Leaving Certificate, 1901
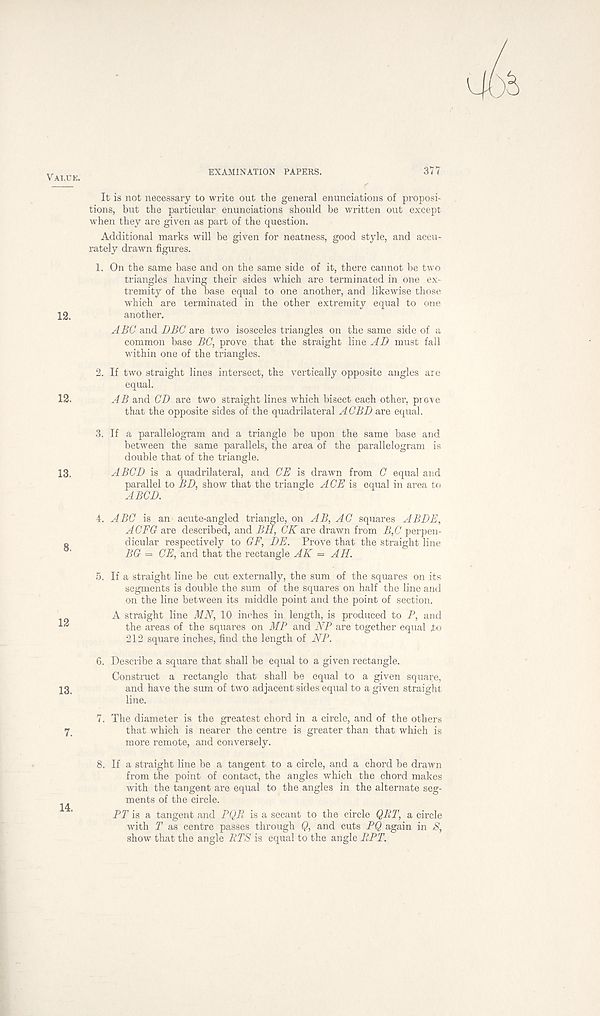
Vai.uk.
EXAMINATION PAPERS.
377
It is not necessary to write out the general enunciations of proposi-
tions, but the particular enunciations should be written out except
when they are given as part of the question.
Additional marks will be given for neatness, good style, and accu-
rately drawn figures.
1. On the same base and on the same side of it, there cannot be two
triangles having their sides which are terminated in one ex-
tremity of the base equal to one another, and likewise those
which are terminated in the other extremity equal to one
12.
another.
ABC and DBC are two isosceles triangles on the same side of a
common base BC, prove that the straight line AD must fall
within one of the triangles.
2. If two straight lines intersect, the vertically opposite angles are
equal.
12.
AB and CD are two straight lines which bisect each other, prove
that the opposite sides of the quadrilateral A CBD are equal.
3. If a parallelogram and a triangle be upon the same base and
between the same parallels, the area of the parallelogram is
double that of the triangle.
13.
ABCD is a quadrilateral, and CE is drawn from C equal and
parallel to BD, show that the triangle ACE is equal in area to
ABCD.
4. ABC is an acute-angled triangle, on AB, AC squares ABDE,
AC EG are described, and BH, CK are drawn from B,C perpen-
s
dicular respectively to GF, DE. Prove that the straight line
BG — CE, and that the rectangle AK = AH.
5. If a straight line be cut externally, the sum of the squares on its
segments is double the sum of the squares on half the line and
on the line between its middle point and the point of section.
A straight line MN, 10 inches in length, is produced to P, and
the areas of the squares on MB and NP are together equal to
212 square inches, find the length of NP.
6. Describe a square that shall be equal to a given rectangle.
Construct a rectangle that shall be equal to a given square,
13,
and have the sum of two adjacent sides equal to a given straight
line.
7. The diameter is the greatest chord in a circle, and of the others
7,
that which is nearer the centre is greater than that which is
more remote, and conversely.
8. If a straight line be a tangent to a circle, and a chord be drawn
from the point of contact, the angles which the chord makes
with the tangent are equal to the angles in the alternate seg-
ments of the circle.
PT is a tangent and PQR is a secant to the circle QRT, a circle
with T as centre passes through Q, and cuts PQ again in 8,
show that the angle RTS is equal to the angle RPT.
14.